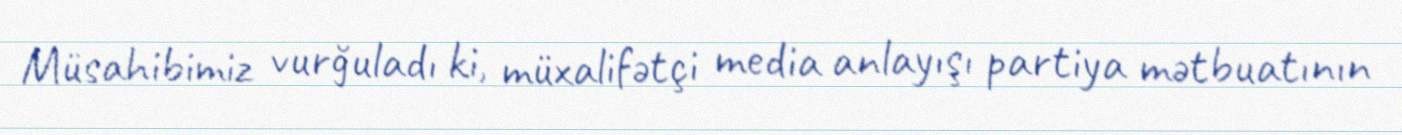
Müsahibimiz vurğuladı ki, müxalifətçi media anlayışı partiya mətbuatının